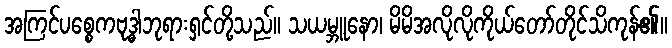
အကြင်ပစ္စေကဗုဒ္ဓါဘုရားရှင်တို့သည်။ သယမ္ဘူနော၊ မိမိအလိုလိုကိုယ်တော်တိုင်သိကုန်၏။